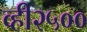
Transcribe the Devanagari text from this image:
व्ही२५००